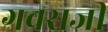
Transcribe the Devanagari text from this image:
गवराजी